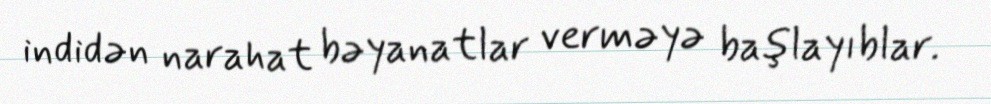
indidən narahat bəyanatlar verməyə başlayıblar.